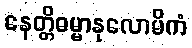
နေတ္တိဓမ္မာနုလောမိကံ